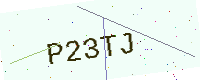
Text: P23TJ